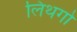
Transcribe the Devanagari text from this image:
लिथगो